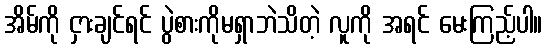
အိမ်ကို ငှားချင်ရင် ပွဲစားကိုမရှာဘဲသိတဲ့ လူကို အရင် မေးကြည့်ပါ။